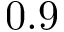
0 . 9